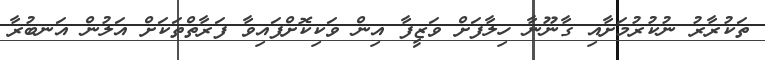
ތަކުރާރު ނުކުރުމަށާއި ގާނޫނާ ހިލާފަށް ވަޒީފާ އިން ވަކިކޮށްފައިވާ ފަރާތްތަކަށް އަލުން އަނބުރާ